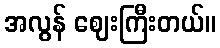
အလွန် ဈေးကြီးတယ်။